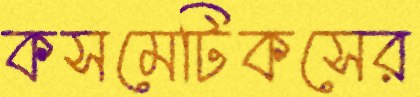
কসমেটিকসের